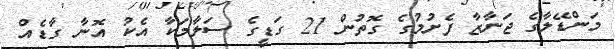
މަންޑޭލާގެ ޖަނާޒާ ފެށުމުގެ ގޮތުން 21 ގަޑީގެ ސަލާމަކާ އެކު އޮނާ ގާޑެއް